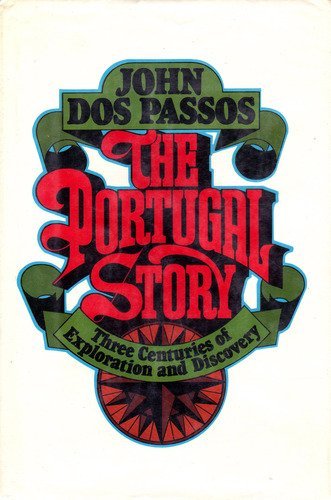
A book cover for The Portugal Story; John DOS Passos; Travel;